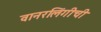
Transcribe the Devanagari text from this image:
वानरलिंगीची